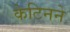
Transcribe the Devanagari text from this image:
केटिनने